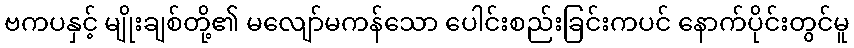
ဗကပနှင့် မျိုးချစ်တို့၏ မလျော်မကန်သော ပေါင်းစည်းခြင်းကပင် နောက်ပိုင်းတွင်မူ